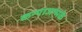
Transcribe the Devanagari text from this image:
कन्याजन्मके